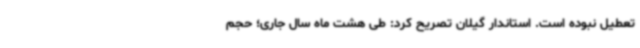
تعطیل نبوده است. استاندار گیلان تصریح کرد: طی هشت ماه سال جاری؛ حجم